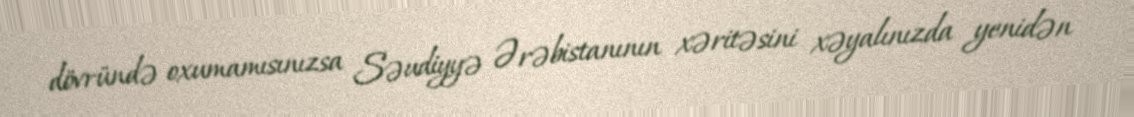
dövründə oxumamısınızsa Səudiyyə Ərəbistanının xəritəsini xəyalınızda yenidən